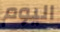
اليوم